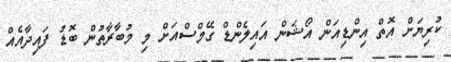
ކުރިޔަށް އޮތް އިންޑިއަން އޯޝަން އައިލެންޑް ގޭމްސްއަށް މި މުބާރާތުން ބޮޑު ފައިދާއެއް